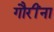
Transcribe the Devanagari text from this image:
गौरींना